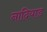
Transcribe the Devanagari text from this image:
नादियाड